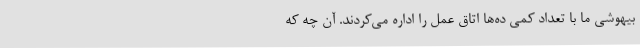
بیهوشی ما با تعداد کمی ده‌ها اتاق عمل را اداره می‌کردند. آن چه که